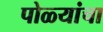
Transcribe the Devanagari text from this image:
पोळ्यांचा